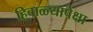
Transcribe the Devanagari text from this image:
हिवाळ्यापेक्षा